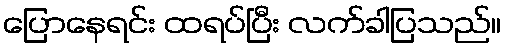
ပြောနေရင်း ထရပ်ပြီး လက်ခါပြသည်။